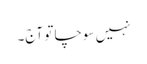
نہیں سوچا تو آج۔